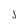
Character: j